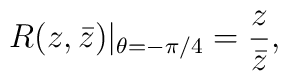
R(z,\bar{z})|_{\theta=-\pi/4}=\frac{z}{\bar{z}},